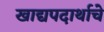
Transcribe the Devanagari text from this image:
खाद्यपदार्थाचे